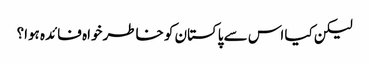
لیکن کیا اس سے پاکستان کو خاطر خواہ فائدہ ہوا؟